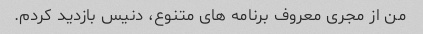
من از مجری معروف برنامه های متنوع، دنیس بازدید کردم.